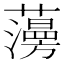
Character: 𧂧